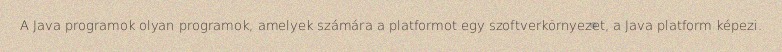
A Java programok olyan programok, amelyek számára a platformot egy szoftverkörnyezet, a Java platform képezi.